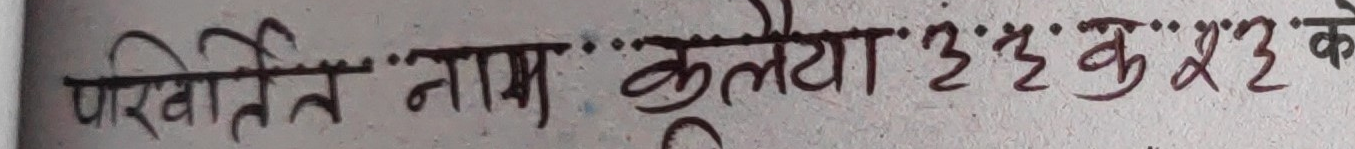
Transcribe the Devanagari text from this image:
परिवर्तित नाम कुलैया :: ३ : कु 2 ३ के